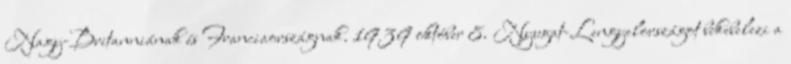
Nagy-Britanniának és Franciaországnak. 1939 október 8. Nyugat-Lengyelországot bekebelezi a